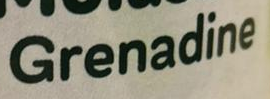
Grenadine